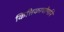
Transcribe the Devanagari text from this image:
कित्तिकाचोर्णाने